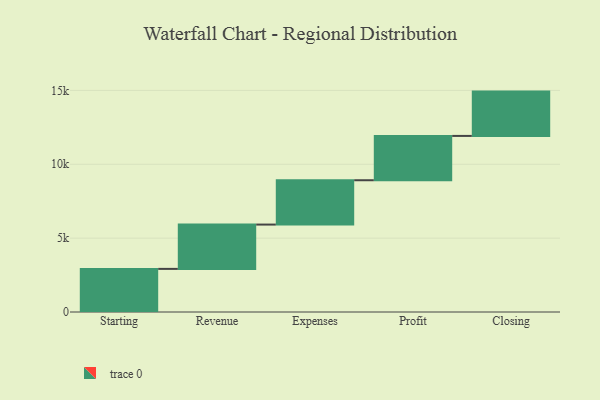
{"axis": {"x": "Step", "y": "Value"}, "legend": [""], "data": [{"x": "Starting", "y": 2918.0, "type": ""}, {"x": "Revenue", "y": 3000, "type": ""}, {"x": "Expenses", "y": 3000, "type": ""}, {"x": "Profit", "y": 3000, "type": ""}, {"x": "Closing", "y": 3000, "type": ""}]}